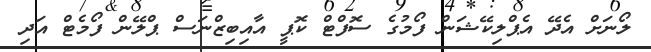
ލޯނަށް އެދޭ އެޕްލިކޭޝަން ފޯމުގެ ސޮފްޓް ކޮޕީ އާއިބިޒްނަސް ޕްލޭން ފޯމެޓް އަދި